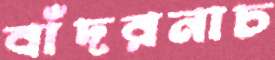
বাঁদরনাচ